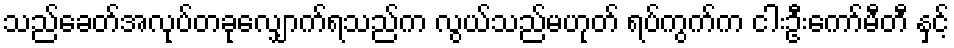
သည်ခေတ်အလုပ်တခုလျှောက်ရသည်က လွယ်သည်မဟုတ် ရပ်ကွက်က ငါးဦးကော်မီတီ နှင့်